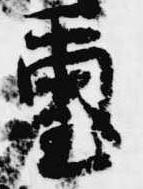
璽